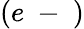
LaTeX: (e\mathrm{~-~})